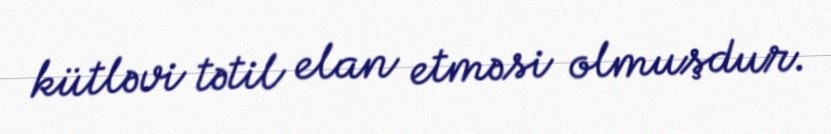
kütləvi tətil elan etməsi olmuşdur.